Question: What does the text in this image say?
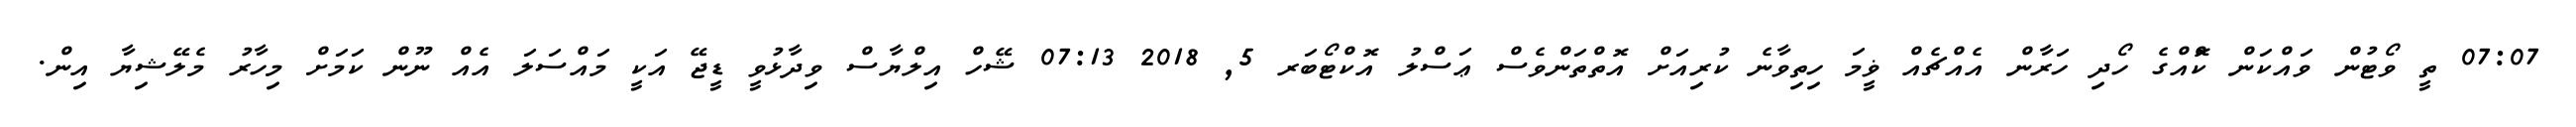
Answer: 07:07 ތީ ވޯޓުން ވައްކަން ކޮްއްގެ ހޯދި ހަރާން އެއްޗެއް ޥީމަ ހިތިވާނެ ކުރިއަށް އޮތްތަންވެސް ޢަސްލު އޮކްޓޯބަރ 5, 2018 07:13 ޝޭހް އިލްޔާސް ވިދާޅުވީ ޑީޖޭ އަކީ މައްސަލަ އެއް ނޫން ކަމަށް މިހާރު މެލޭޝިޔާ އިން.